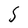
Character: S